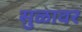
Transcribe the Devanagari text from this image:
सुळावर